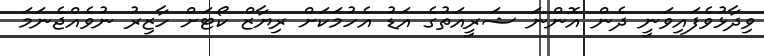
ވިދާޅުވެފައިވަނީ ދެން އޮންނަ ޝަރީއަތުގެ އަޑު އެހުމަކަށް ރިޔާޒް ކޯޓަށް ހާޒިރު ނުވެއްޖެނަމަ